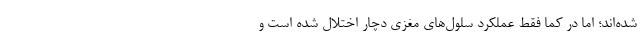
شده‌اند؛ اما در کما فقط عملکرد سلول‌های مغزی دچار اختلال شده است و